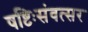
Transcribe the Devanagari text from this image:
षष्टिःसंवत्सर